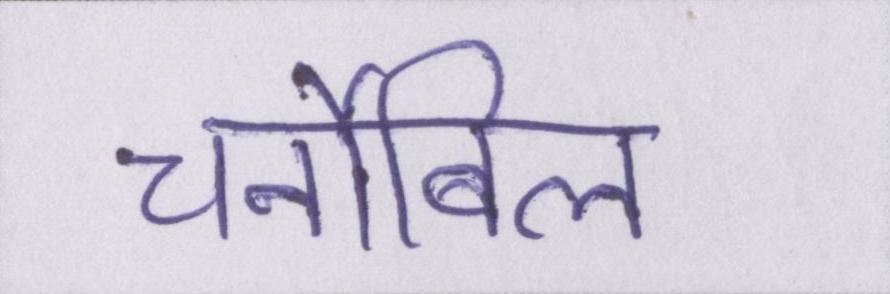
चर्नोबिल